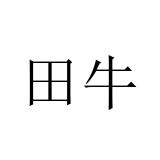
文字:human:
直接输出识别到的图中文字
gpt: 田牛